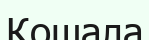
Кошала